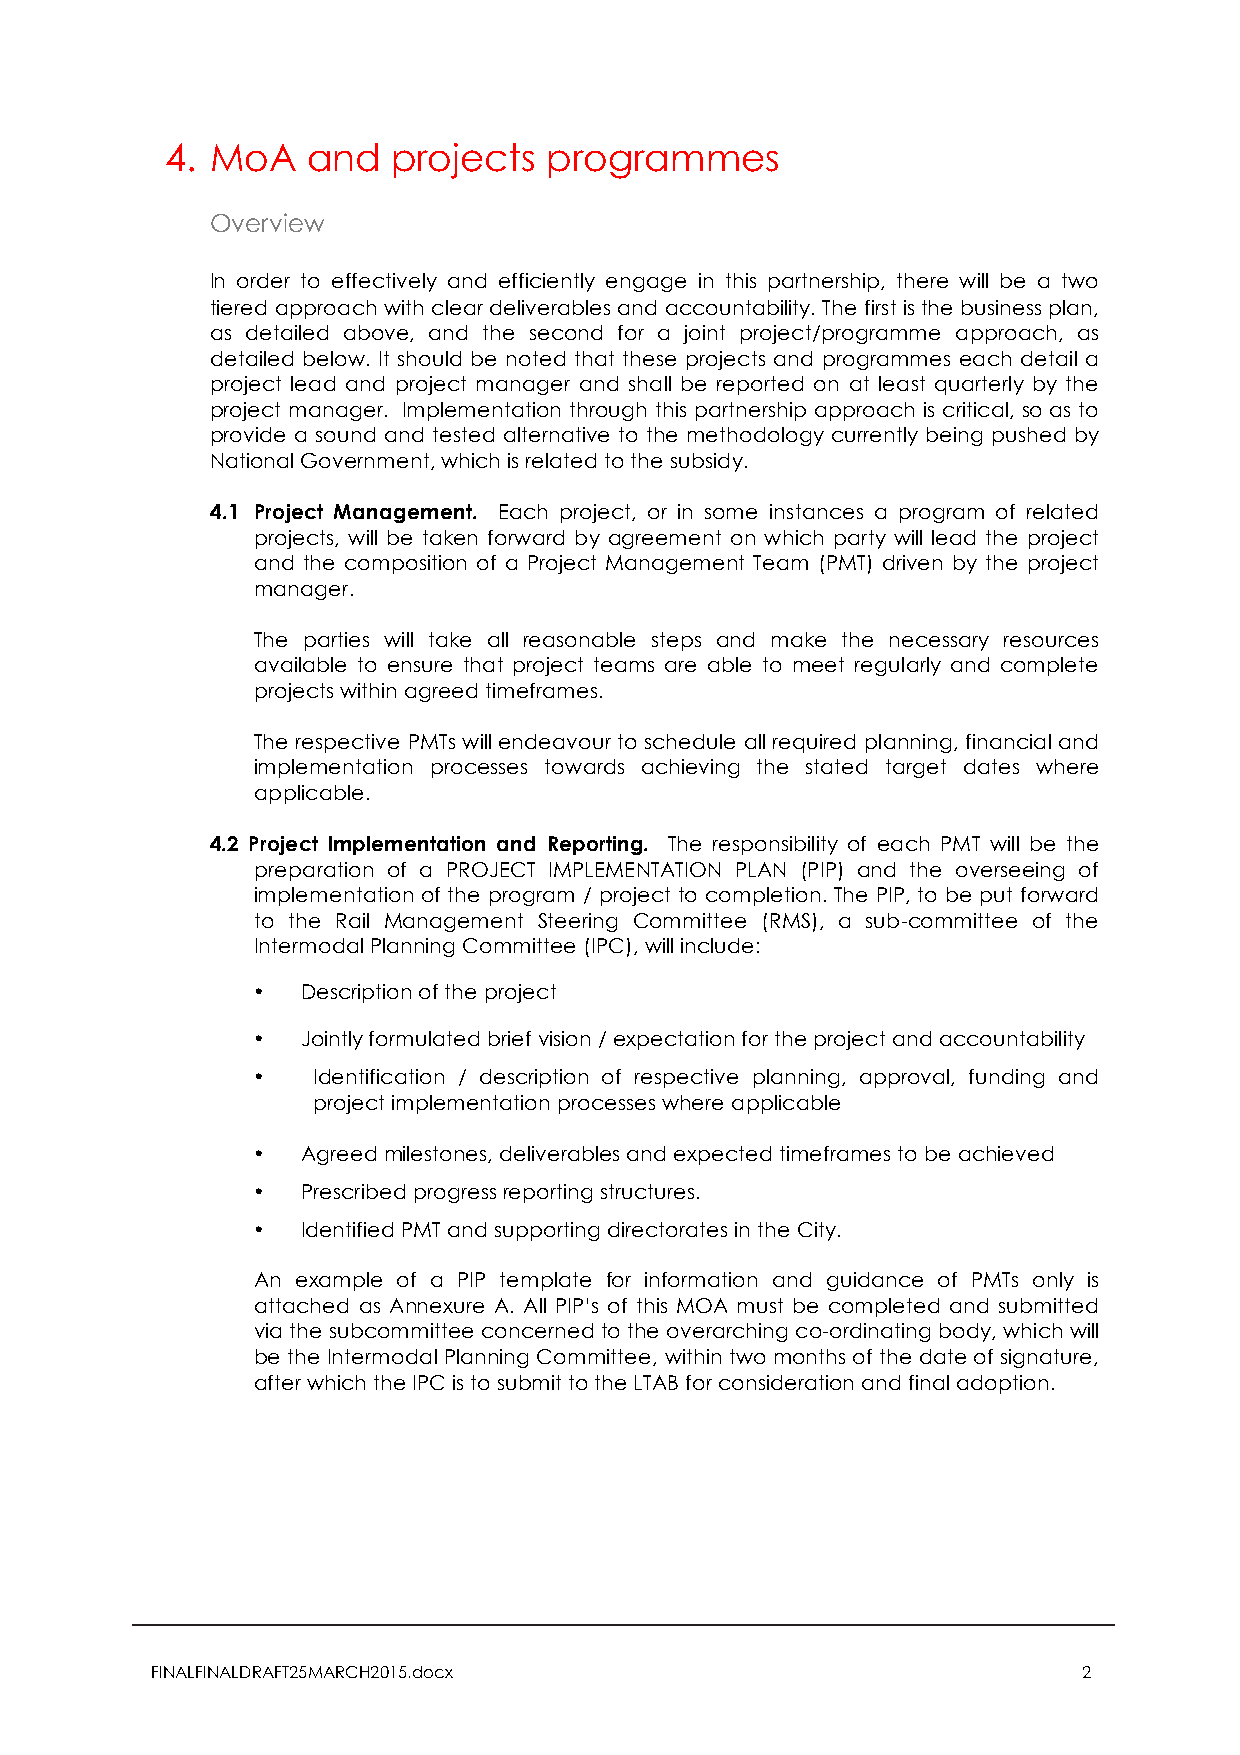
4. MoA   and   projects  programmes
 Overview
 In order to effectively and efficiently engage in this partnership, there will be a two
 tiered approach with clear deliverables and accountability. The first is the business plan,
 as detailed above, and the second for a joint project/programme approach, as
 detailed below. It should be noted that these projects and programmes each detail a
 project lead and project manager and shall be reported on at least quarterly by the
 project manager. Implementation through this partnership approach is critical, so as to
 provide a sound and tested alternative to the methodology currently being pushed by
 National Government, which is related to the subsidy.
 4.1 Project Management. Each project, or in some instances a program of related
 projects, will be taken forward by agreement on which party will lead the project
 and the composition of a Project Management Team (PMT) driven by the project
 manager.
 The parties will take all reasonable steps and make the necessary resources
 available to ensure that project teams are able to meet regularly and complete
 projects within agreed timeframes.
 The respective PMTs will endeavour to schedule all required planning, financial and
 implementation processes towards achieving the stated target dates where
 applicable.
 4.2 Project Implementation and Reporting. The responsibility of each PMT will be the
 preparation of a PROJECT IMPLEMENTATION PLAN (PIP) and the overseeing of
 implementation of the program / project to completion. The PIP, to be put forward
 to the Rail Management Steering Committee (RMS), a sub-committee of the
 Intermodal Planning Committee (IPC), will include:
 •  Description of the project
 •  Jointly formulated brief vision / expectation for the project and accountability
 •   Identification / description of respective planning, approval, funding and
 project implementation processes where applicable
 •  Agreed milestones, deliverables and expected timeframes to be achieved
 •  Prescribed progress reporting structures.
 •  Identified PMT and supporting directorates in the City.
 An example of a PIP template for information and guidance of PMTs only is
 attached as Annexure A. All PIP’s of this MOA must be completed and submitted
 via the subcommittee concerned to the overarching co-ordinating body, which will
 be the Intermodal Planning Committee, within two months of the date of signature,
 after which the IPC is to submit to the LTAB for consideration and final adoption.
 FINALFINALDRAFT25MARCH2015.docx                               2